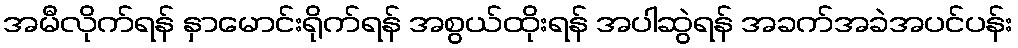
အမီလိုက်ရန် နှာမောင်းရိုက်ရန် အစွယ်ထိုးရန် အပါဆွဲရန် အခက်အခဲအပင်ပန်း